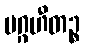
ပဂ္ဂဟီတဉ္စ